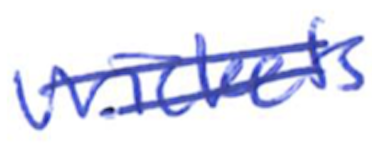
Text: wickets
Cross-out: double-line
Writing tool: ballpoint